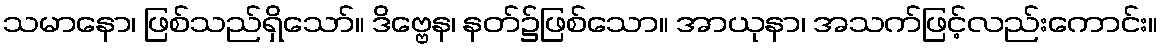
သမာနော၊ ဖြစ်သည်ရှိသော်။ ဒိဗ္ဗေန၊ နတ်၌ဖြစ်သော။ အာယုနာ၊ အသက်ဖြင့်လည်းကောင်း။